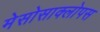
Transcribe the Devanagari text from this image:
मेसोसाक्लोपस